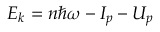
E _ { k } = n \hbar \omega - I _ { p } - U _ { p }